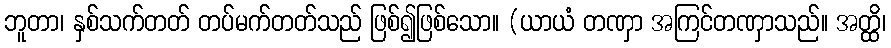
ဘူတာ၊ နှစ်သက်တတ် တပ်မက်တတ်သည် ဖြစ်၍ဖြစ်သော။ (ယာယံ တဏှာ အကြင်တဏှာသည်။ အတ္ထိ၊